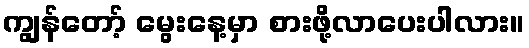
ကျွန်တော့် မွေးနေ့မှာ စားဖို့လာပေးပါလား။